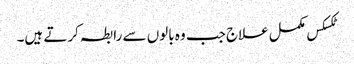
ٹکسکس مکمل علاج جب وہ بالوں سے رابطہ کرتے ہیں۔